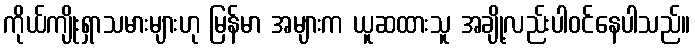
ကိုယ်ကျိုးရှာသမားများဟု မြန်မာ အများက ယူဆထားသူ အချို့လည်းပါဝင်နေပါသည်။